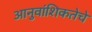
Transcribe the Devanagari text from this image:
आनुवांशिकतेचे